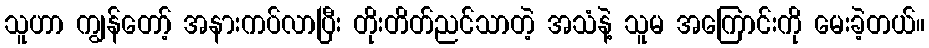
သူဟာ ကျွန်တော့် အနားကပ်လာပြီး တိုးတိတ်ညင်သာတဲ့ အသံနဲ့ သူမ အကြောင်းကို မေးခဲ့တယ်။